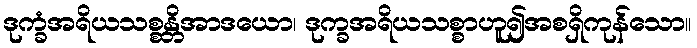
ဒုက္ခံအရိယသစ္စန္တိအာဒယော၊ ဒုက္ခအရိယသစ္စာဟူ၍အစရှိကုန်သော။